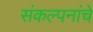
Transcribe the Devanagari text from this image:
संंकल्पनांंचे